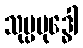
သုပ္ပဗုဒ္ဓေါ